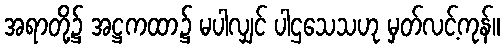
အရာတို့၌ အဋ္ဌကထာ၌ မပါလျှင် ပါဌသေသဟု မှတ်လင့်ကုန်။